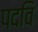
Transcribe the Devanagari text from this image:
पदवि